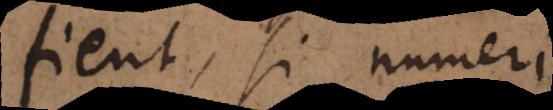
fient, si numeri